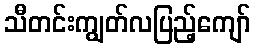
သီတင်းကျွတ်လပြည့်ကျော်